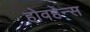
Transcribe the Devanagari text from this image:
होवहेन्स